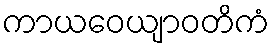
ကာယဝေယျာဝတိကံ